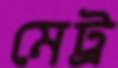
মেট্র